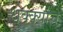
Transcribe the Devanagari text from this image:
धक्क्याचे